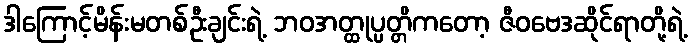
ဒါကြောင့်မိန်းမတစ်ဦးချင်းရဲ့ ဘဝအတ္ထုပ္ပတ္တိကတော့ ဇီဝဗေဒဆိုင်ရာတို့ရဲ့